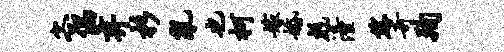
客偶弃杉乱也柯嫁婚彪潼恁奇殉